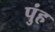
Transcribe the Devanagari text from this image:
पुंह